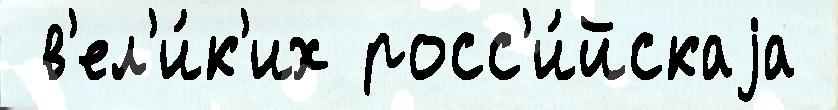
 в'ел'и́к'их росс'и́йскаjа